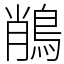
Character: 𪁎